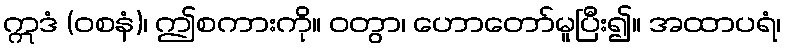
ဣဒံ (ဝစနံ)၊ ဤစကားကို။ ဝတွာ၊ ဟောတော်မူပြီး၍။ အထာပရံ၊